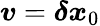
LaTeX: \boldsymbol{v}=\boldsymbol{\delta x}_{0}